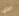
الذي